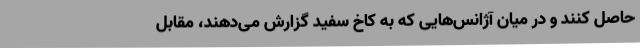
حاصل کنند و در میان آژانس‌هایی که به کاخ سفید گزارش می‌دهند، مقابل